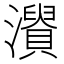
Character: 𤃘